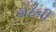
હોઠની